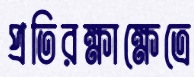
প্রতিরক্ষাক্ষেত্রে